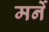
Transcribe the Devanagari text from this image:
मर्ने